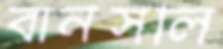
বার্নসলি